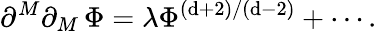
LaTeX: \partial^{M}\partial_{M}\, \Phi=\lambda\Phi^{\left(\mathrm{d}+2\right)/\left(\mathrm{d}-2\right)}+\cdots.